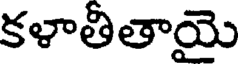
కళాతితాయె